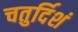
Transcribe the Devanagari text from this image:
चतुर्दिशं